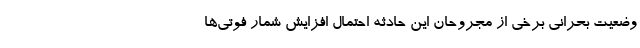
وضعیت بحرانی برخی از مجروحان این حادثه احتمال افزایش شمار فوتی‌ها